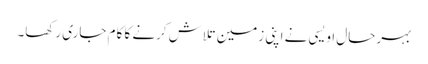
بہرحال اویسی نے اپنی زمین تلاش کرنے کا کام جاری رکھا۔